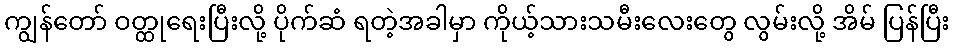
ကျွန်တော် ဝတ္ထုရေးပြီးလို့ ပိုက်ဆံ ရတဲ့အခါမှာ ကိုယ့်သားသမီးလေးတွေ လွမ်းလို့ အိမ် ပြန်ပြီး